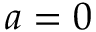
a = 0